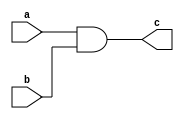
module m1(
input a,
input b,

output c
);

assign c = a & b;

endmodule